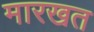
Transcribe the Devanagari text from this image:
मारखत